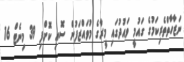
ނަޒާހާތްތެރިކަމުގެ ގައުމީ ވައުދުގައި މީރާގެ މުވައްޒަފުން ސޮއި ކޮށްފި 39 މިނެޓް 16